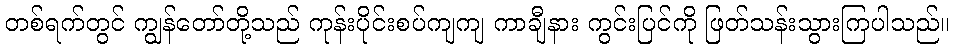
တစ်ရက်တွင် ကျွန်တော်တို့သည် ကုန်းပိုင်းစပ်ကျကျ ကာချီနား ကွင်းပြင်ကို ဖြတ်သန်းသွားကြပါသည်။